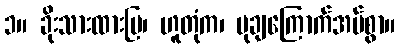
၁။ ခိုးသားထားပြ၊ ဟူတုံက၊ မုချကြောက်အပ်စွာ။